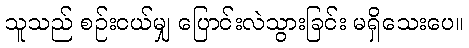
သူသည် စဉ်းငယ်မျှ ပြောင်းလဲသွားခြင်း မရှိသေးပေ။